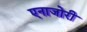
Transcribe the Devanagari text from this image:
एनाजोरी